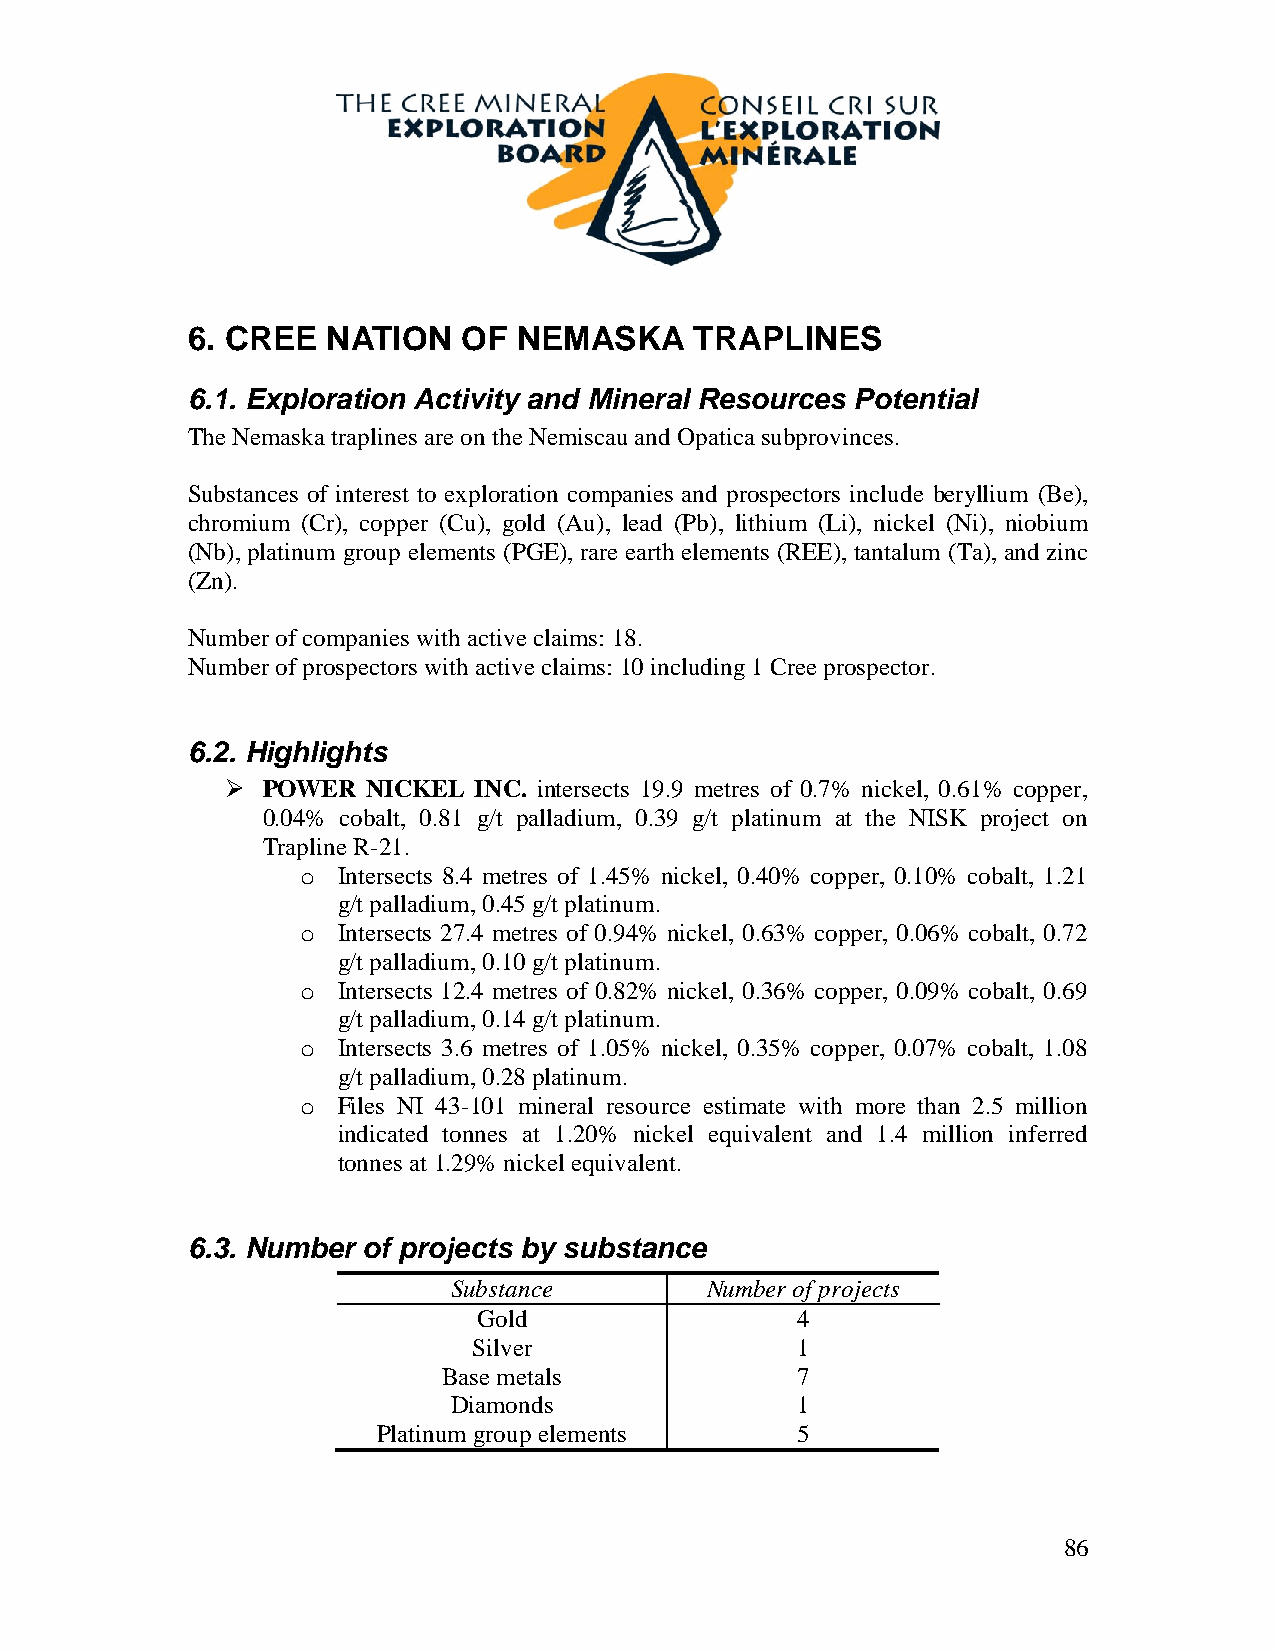
6. CREE   NATION   OF NEMASKA     TRAPLINES
 6.1. Exploration Activity and Mineral Resources Potential
 The Nemaska traplines are on the Nemiscau and Opatica subprovinces.
 Substances of interest to exploration companies and prospectors include beryllium (Be),
 chromium (Cr), copper (Cu), gold (Au), lead (Pb), lithium (Li), nickel (Ni), niobium
 (Nb), platinum group elements (PGE), rare earth elements (REE), tantalum (Ta), and zinc
 (Zn).
 Number of companies with active claims: 18.
 Number of prospectors with active claims: 10 including 1 Cree prospector.
 6.2. Highlights
  POWER  NICKEL INC. intersects 19.9 metres of 0.7% nickel, 0.61% copper,
 0.04% cobalt, 0.81 g/t palladium, 0.39 g/t platinum at the NISK project on
 Trapline R-21.
 o Intersects 8.4 metres of 1.45% nickel, 0.40% copper, 0.10% cobalt, 1.21
 g/t palladium, 0.45 g/t platinum.
 o Intersects 27.4 metres of 0.94% nickel, 0.63% copper, 0.06% cobalt, 0.72
 g/t palladium, 0.10 g/t platinum.
 o Intersects 12.4 metres of 0.82% nickel, 0.36% copper, 0.09% cobalt, 0.69
 g/t palladium, 0.14 g/t platinum.
 o Intersects 3.6 metres of 1.05% nickel, 0.35% copper, 0.07% cobalt, 1.08
 g/t palladium, 0.28 platinum.
 o Files NI 43-101 mineral resource estimate with more than 2.5 million
 indicated tonnes at 1.20% nickel equivalent and 1.4 million inferred
 tonnes at 1.29% nickel equivalent.
 6.3. Number of projects by substance
 Substance        Number of projects
 Gold                 4
 Silver                1
 Base metals             7
 Diamonds               1
 Platinum group elements     5
 86